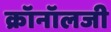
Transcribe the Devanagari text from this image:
क्रॉनॉलजी